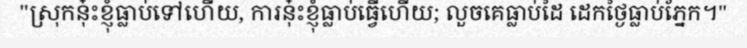
"ស្រុកនុ៎ះខ្ញុំធ្លាប់ទៅហើយ, ការនុ៎ះខ្ញុំធ្លាប់ធ្វើហើយ; លួចគេធ្លាប់ដៃ ដេកថ្ងៃធ្លាប់ភ្នែក។"